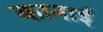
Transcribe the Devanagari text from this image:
कानाई